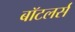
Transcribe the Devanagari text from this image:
बॉटलर्स